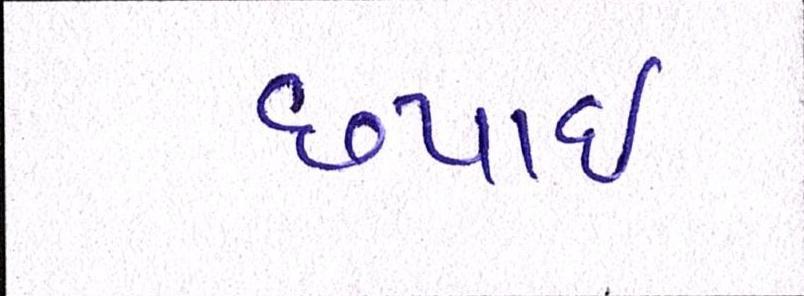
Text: છપાઈ